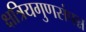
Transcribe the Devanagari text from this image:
क्षत्रियगुणसंपन्न